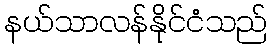
နယ်သာလန်နိုင်ငံသည်